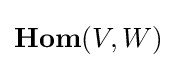
\mathbf {Hom} (V,W)